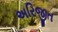
અરિજીત